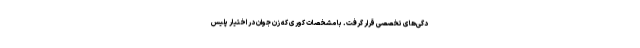
دگی‌های تخصصی قرار گرفت. با مشخصات کوری که زن جوان در اختیار پلیس